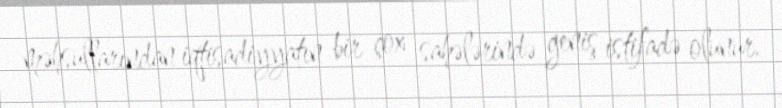
məhsullarından iqtisadiyyatın bir çox sahələrində geniş istifadə olunur.